Indian journal of veterinary science and animal husbandry - Volume 11,
Year: 1941
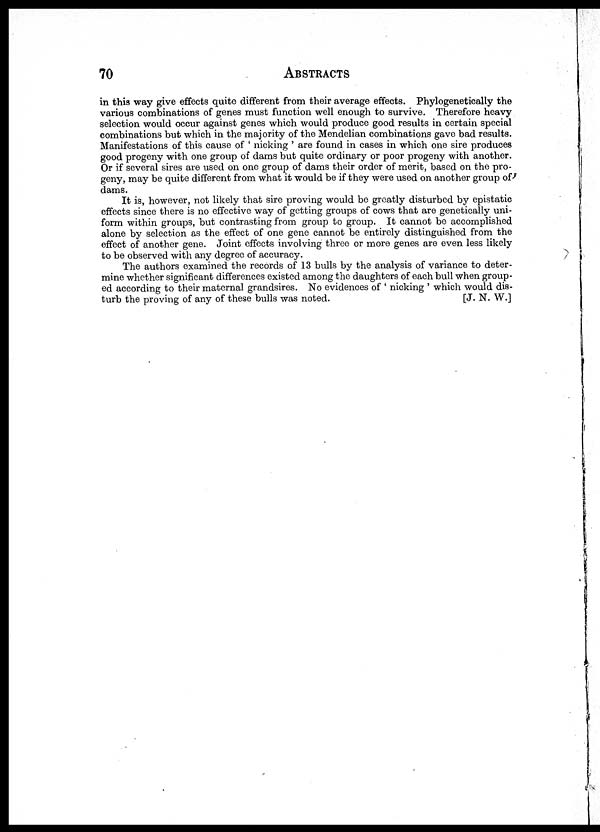
70
ABSTRACTS
in this way give effects quite different from their average effects. Phylogenetically the
various combinations of genes must function well enough to survive. Therefore heavy
selection would occur against genes which would produce good results in certain special
combinations but which in the majority of the Mendelian combinations gave bad results.
Manifestations of this cause of ' nicking ' are found in cases in which one sire produces
good progeny with one group of dams but quite ordinary or poor progeny with another.
Or if several sires are used on one group of dams their order of merit, based on the pro-
geny, may be quite different from what it would be if they were used on another group of
dams.
It is, however, not likely that sire proving would be greatly disturbed by epistatic
effects since there is no effective way of getting groups of cows that are genetically uni-
form within groups, but contrasting from group to group. It cannot be accomplished
alone by selection as the effect of one gene cannot be entirely distinguished from the
effect of another gene. Joint effects involving three or more genes are even less likely
to be observed with any degree of accuracy.
The authors examined the records of 13 bulls by the analysis of variance to deter-
mine whether significant differences existed among the daughters of each bull when group-
ed according to their maternal grandsires. No evidences of ' nicking ' which would dis-
turb the proving of any of these bulls was noted.
[J. N. W. ]